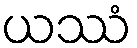
ယဿံ